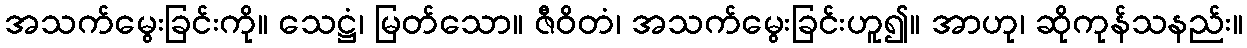
အသက်မွေးခြင်းကို။ သေဋ္ဌံ၊ မြတ်သော။ ဇီဝိတံ၊ အသက်မွေးခြင်းဟူ၍။ အာဟု၊ ဆိုကုန်သနည်း။